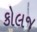
કોલજ